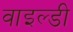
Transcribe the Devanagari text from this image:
वाइल्डी